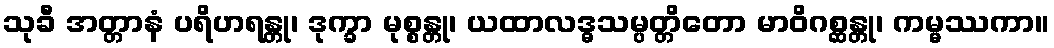
သုခီ အတ္တာနံ ပရိဟရန္တု၊ ဒုက္ခာ မုစ္စန္တု၊ ယထာလဒ္ဓသမ္ပတ္တိတော မာဝိဂစ္ဆန္တု၊ ကမ္မဿကာ။